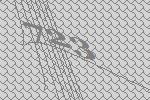
723